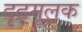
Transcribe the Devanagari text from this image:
दृढ़मूलक